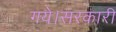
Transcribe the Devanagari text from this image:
गये।सरकारी